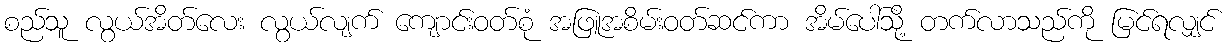
စည်သူ လွယ်အိတ်လေး လွယ်လျက် ကျောင်းဝတ်စုံ အဖြူအစိမ်းဝတ်ဆင်ကာ အိမ်ပေါ်သို့ တက်လာသည်ကို မြင်ရလျှင်